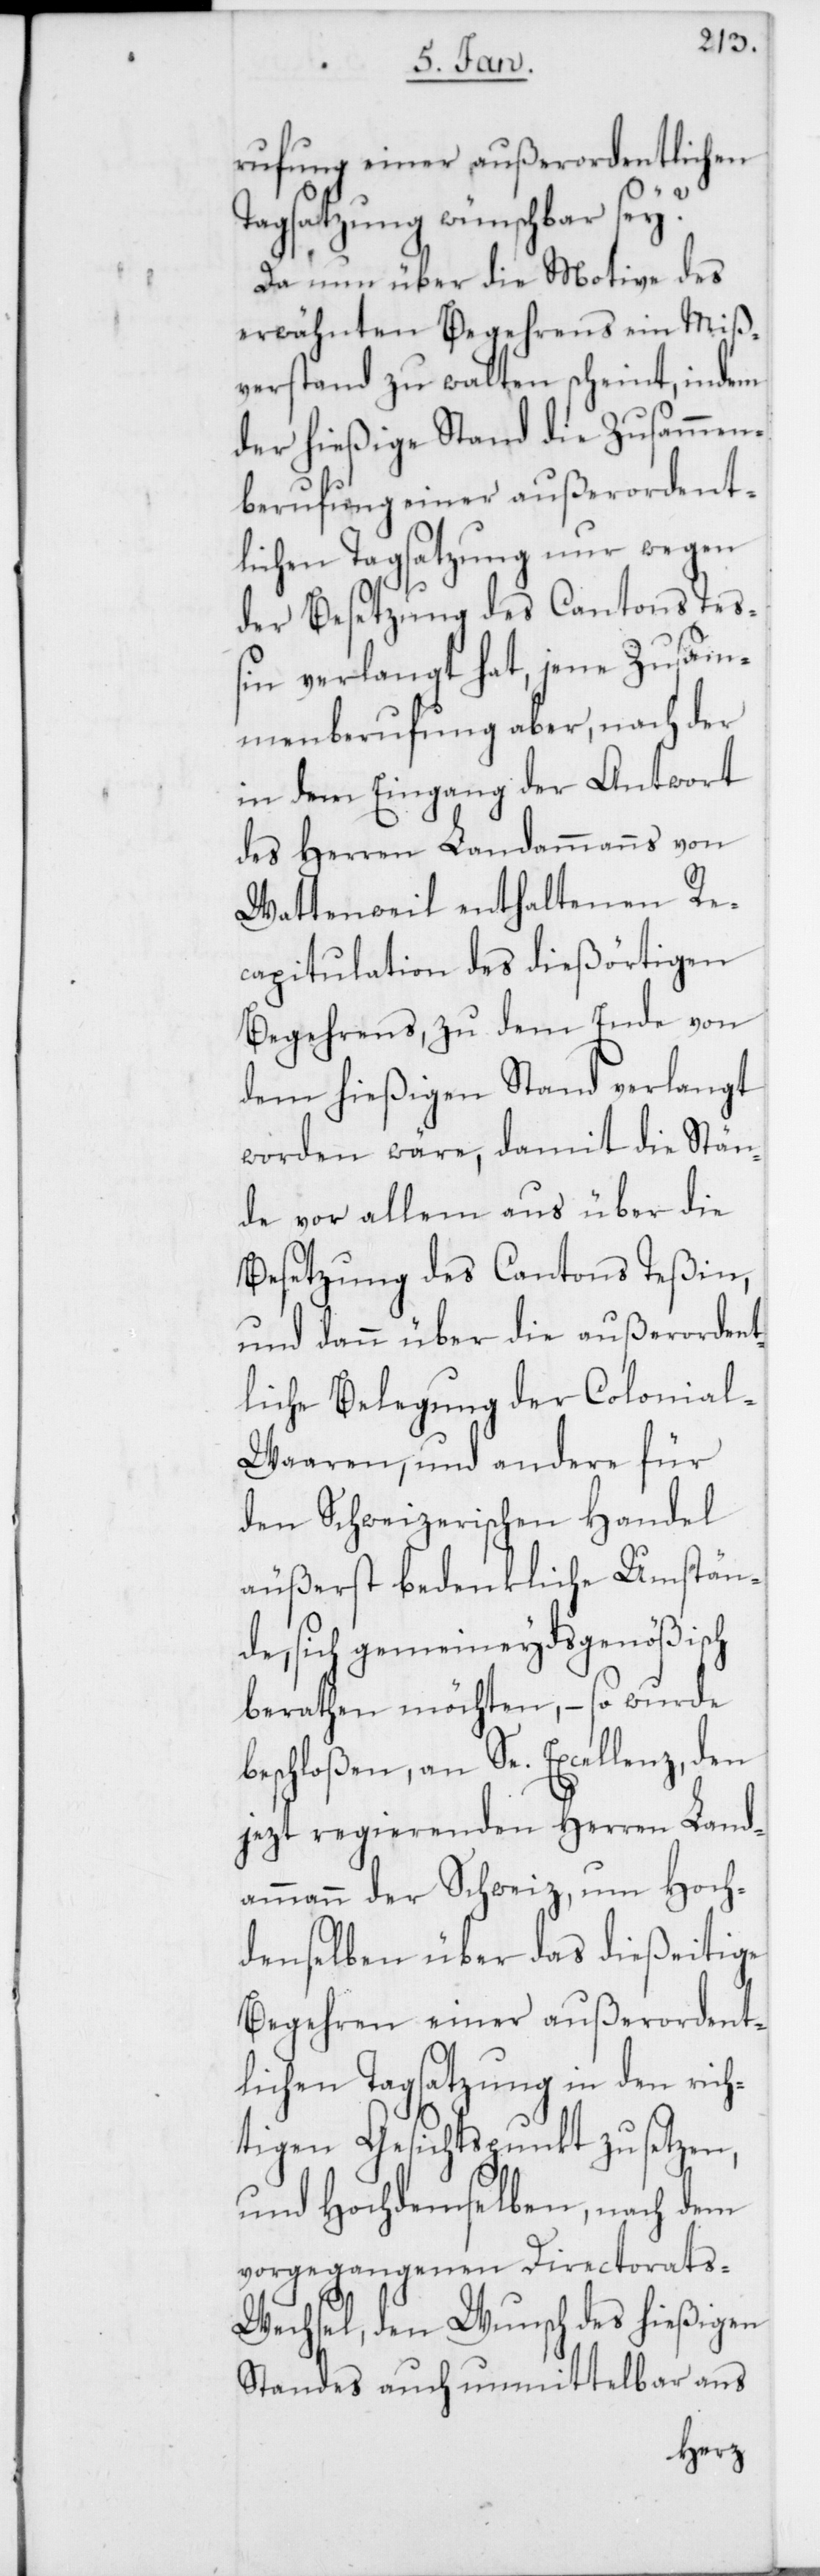
rufung einer außerordentlichen
Tagsatzung wünschbar sey?
Da nun über die Motive des
erwähnten Begehrens ein Miß¬
verstand zu walten scheint, indem
der hießige Stand die Zusammen¬
berufung einer außerordent¬
lichen Tagsatzung nur wegen
der Besetzung des Cantons Te¬
ßin verlangt hat, jene Zusam¬
menberufung aber, nach der
in dem Eingang der Antwort
des Herren Landammanns von
Wattenweil enthaltenen Re¬
capitulation des dießörtigen
Begehrens, zu dem Ende von
dem hießigen Stand verlangt
worden wäre, damit die Stän¬
de vor allem aus über die
Besetzung des Cantons Teßin,
und dann über die außerordent¬
liche Belegung der Colonia¬
l-Waaren, und andere für
den Schweizerischen Handel
äußerst bedenkliche Umstän¬
de, sich gemeineydsgenößisch
berathen möchten, – so wurde
beschloßen, an Se. Excellenz, den
jezt regierenden Herren Land¬
ammann der Schweiz, um Hoch¬
denselben über das dießeitige
Begehren einer außerordent¬
lichen Tagsatzung in den ric¬
htigen Gesichtspunkt zu setzen,
und Hochdemselben, nach dem
vorgegangenen Directorats-W¬
echsel, den Wunsch des hießigen
Standes auch unmittelbar ans